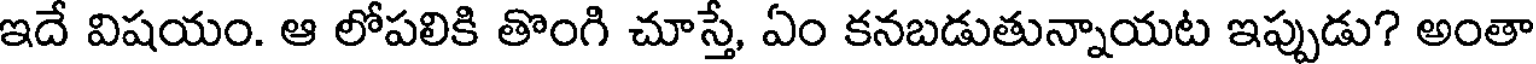
ఇదే విషయం. ఆ లోపలికి తొంగి చూస్తే, ఏం కనబడుతున్నాయట ఇప్పుడు? అంతా